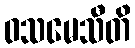
ဝသမေသီတိ